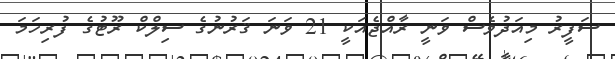
ސަފީރު މިއަދުވެސް ވަނީ ރާއްޖެއަކީ 21 ވަނަ ޤަރުނުގެ ސިލްކް ރޫޓުގެ ފުރިހަމަ